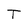
Character: T